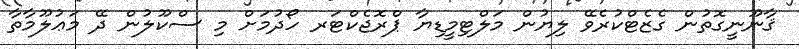
ޤާނޫނީގޮތުން ގެޒެޓްކުރެވޭ ލިޔުން މަލްޓިމީޑިޔާ ޕްރޮޖެކްޓަރ ހޯދުމަށް މި ސްކޫލުން ދޭ މަޢުލޫމާތާ